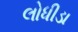
લોધીડા